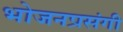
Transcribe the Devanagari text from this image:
भोजनप्रसंगी